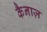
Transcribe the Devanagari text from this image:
कैनाज़